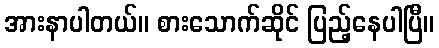
အားနာပါတယ်။ စားသောက်ဆိုင် ပြည့်နေပါပြီ။